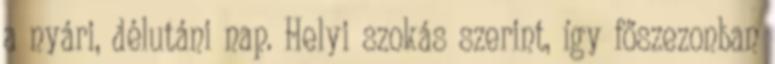
a nyári, délutáni nap. Helyi szokás szerint, így főszezonban